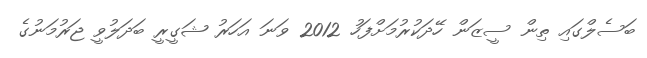
ބަސެލްގައި ތިން ސީޒަން ހޭދަކުރުމަށްފަހު 2012 ވަނަ އަހަރު ޝަގީރީ ބަދަލުވީ ޖަރުމަނުގެ